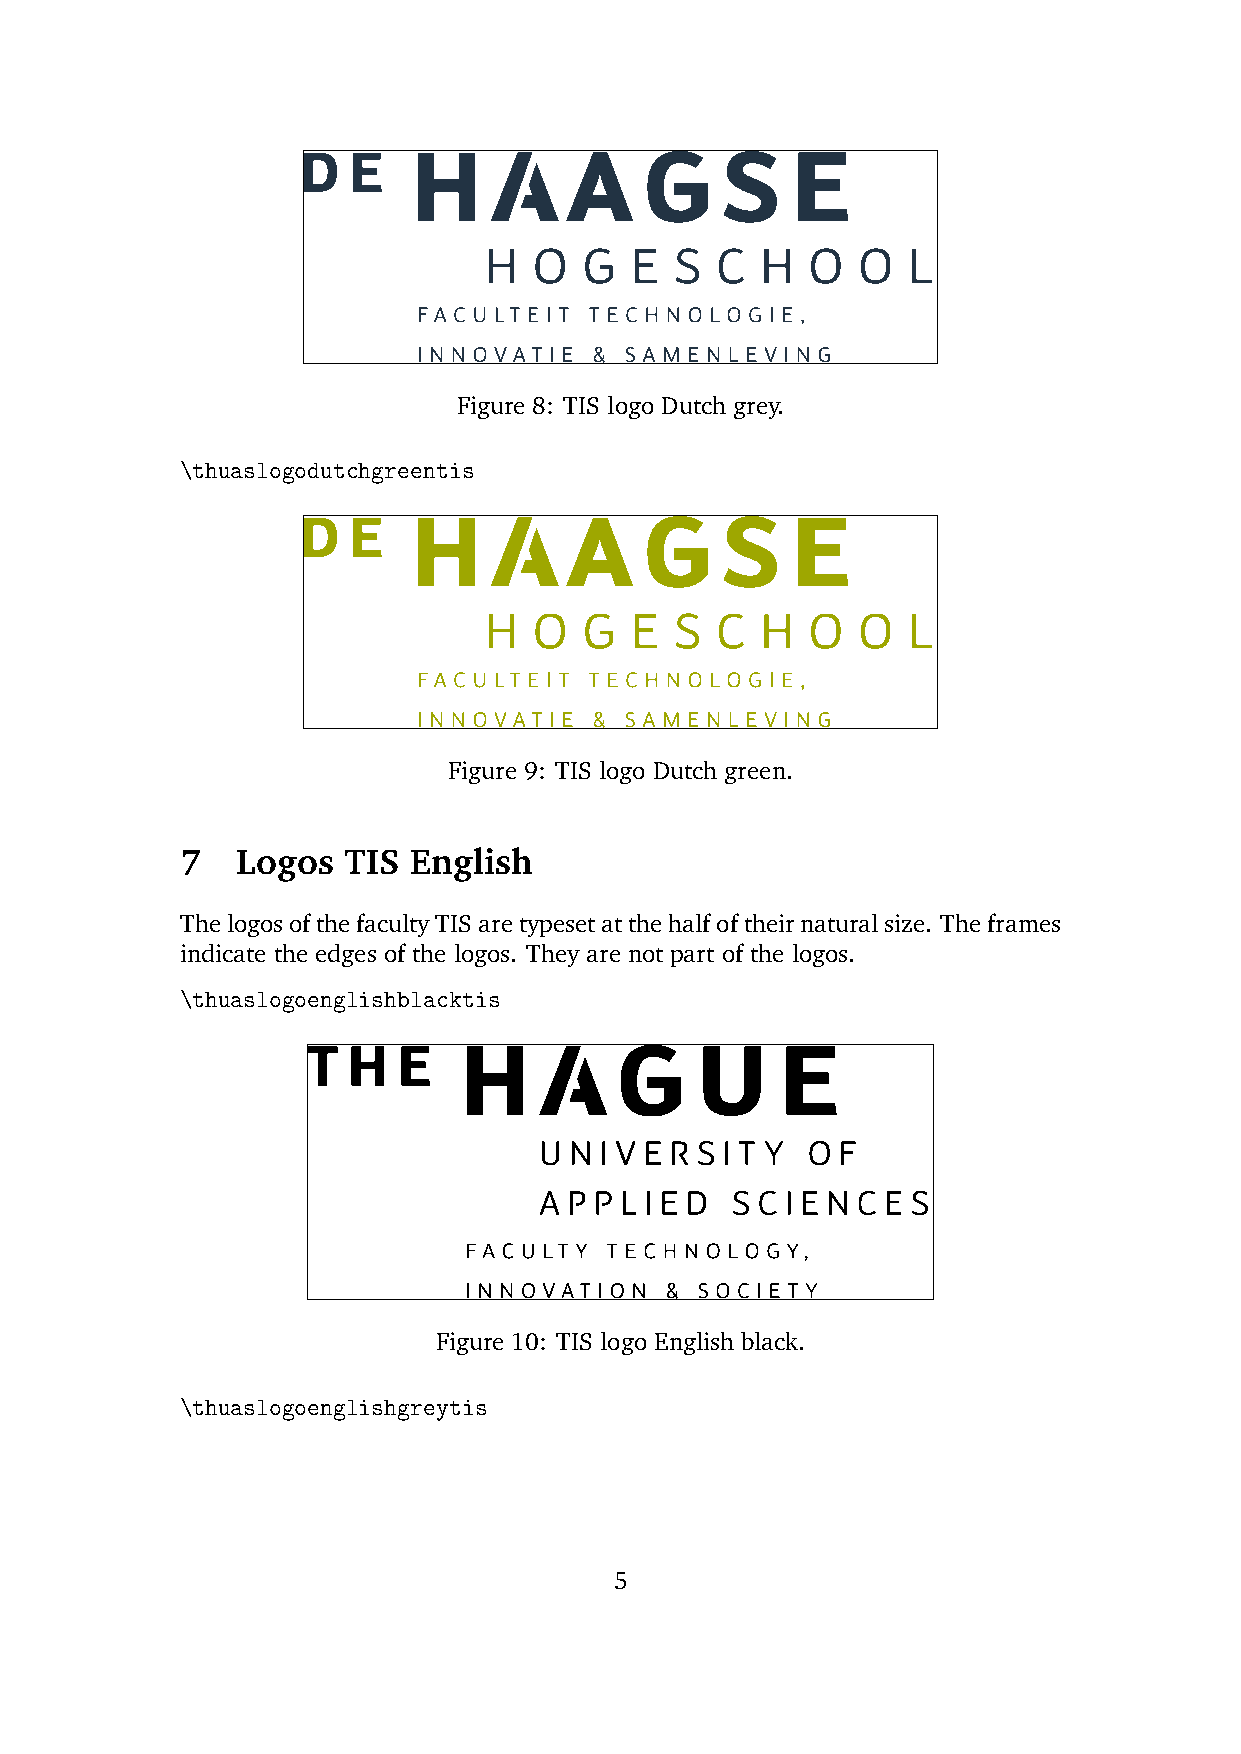
Figure 8: TIS logo Dutch grey.
 \thuaslogodutchgreentis
 Figure 9: TIS logo Dutch green.
 7   Logos  TIS English
 ThelogosofthefacultyTISaretypesetatthehalfoftheirnaturalsize. Theframes
 indicate the edges of the logos. They are not part of the logos.
 \thuaslogoenglishblacktis
 Figure 10: TIS logo English black.
 \thuaslogoenglishgreytis
 5